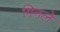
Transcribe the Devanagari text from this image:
गिनले